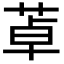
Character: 䓬